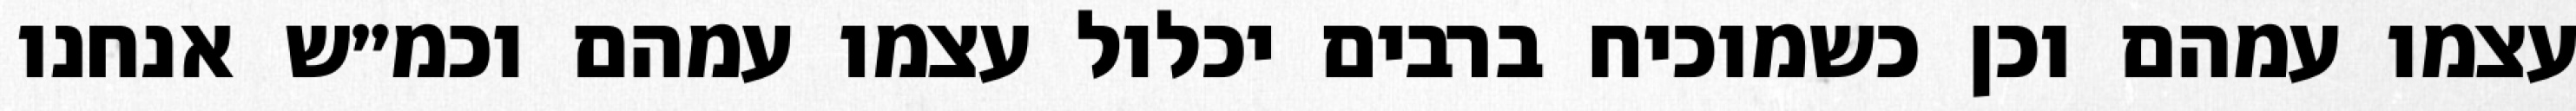
עצמו עמהם וכן כשמוכיח ברבים יכלול עצמו עמהם וכמ״ש אנחנו